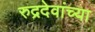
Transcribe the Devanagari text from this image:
रुद्रदेवांच्या